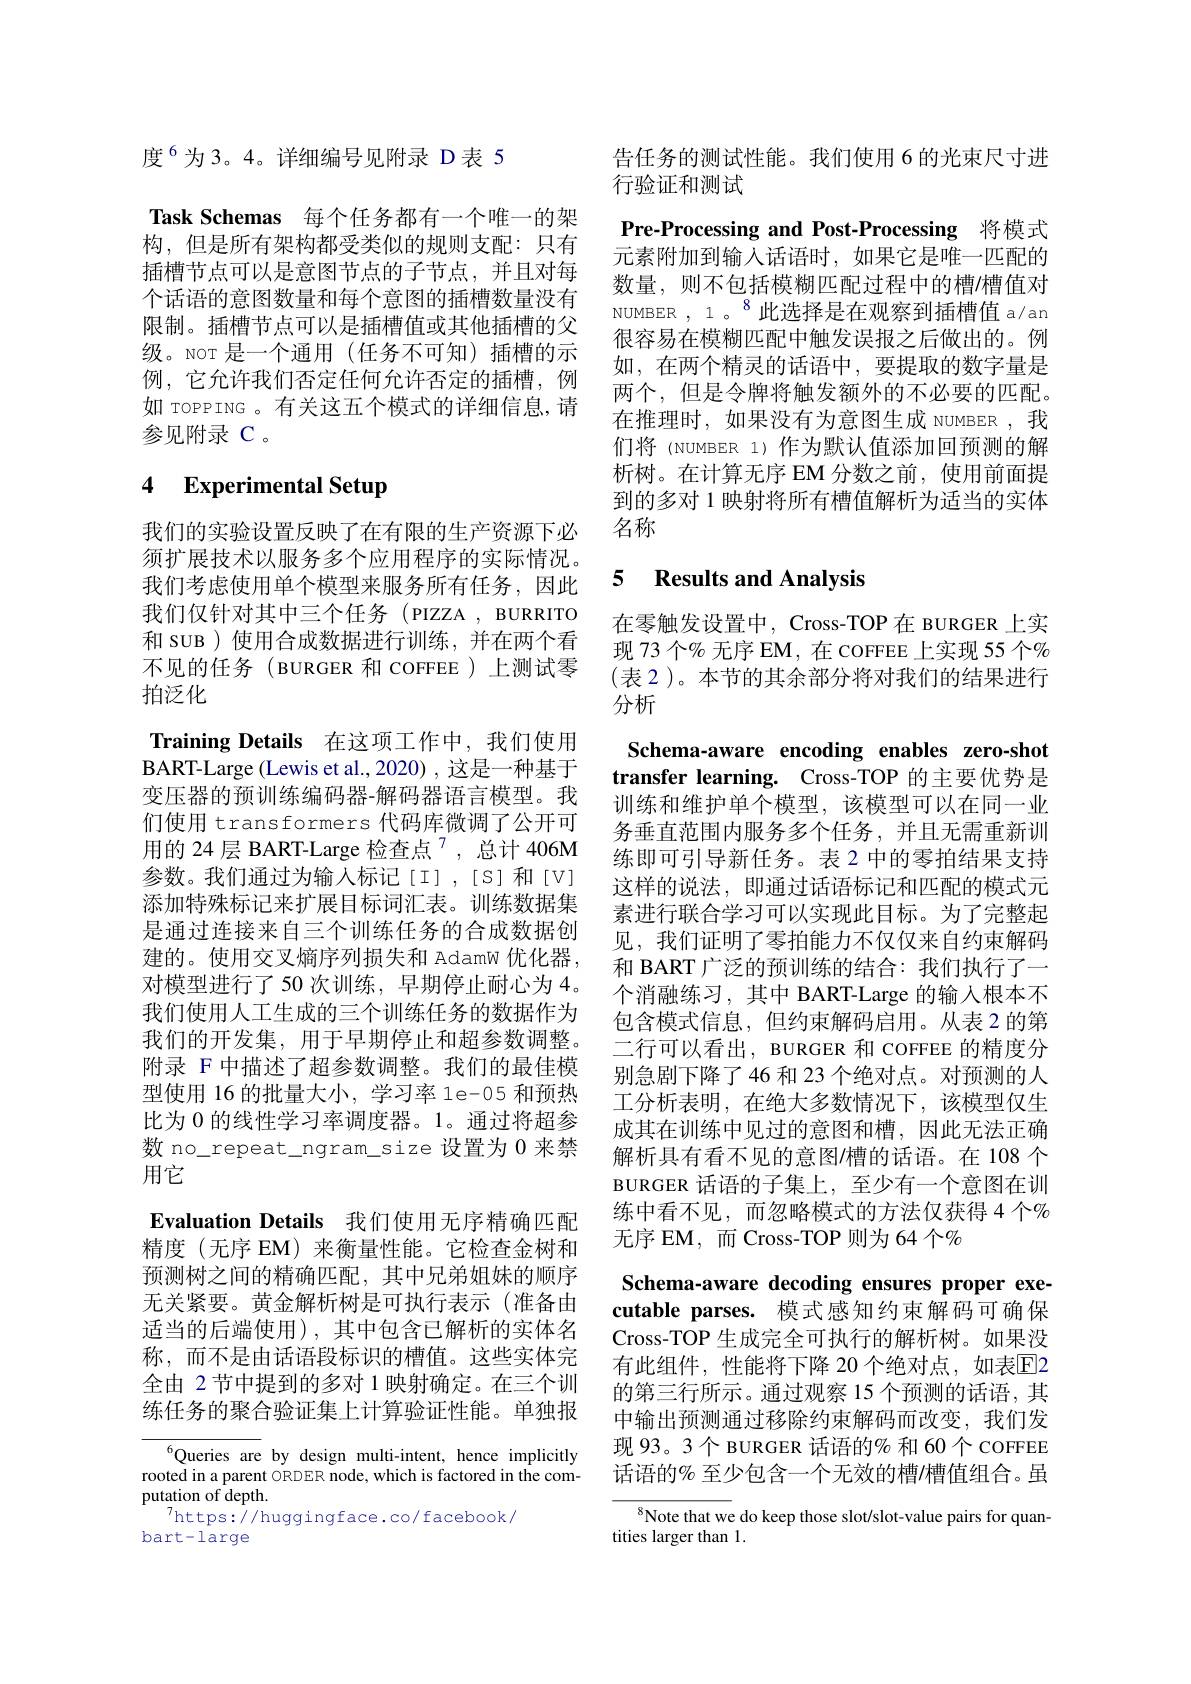
度$^{6}$为3。4。详细编号见附录 D表 5

Task Schemas 每个任务都有一个唯一的架

构，但是所有架构都受类似的规则支配：只有插槽节点可以是意图节点的子节点，并且对每个话语的意图数量和每个意图的插槽数量没有限制。插槽节点可以是插槽值或其他插槽的父级。NOT 是一个通用(任务不可知)插槽的示例，它允许我们否定任何允许否定的插槽，例如 TOPPING 。有关这五个模式的详细信息，请参见附录 C 。

## 4 Experimental Setup

我们的实验设置反映了在有限的生产资源下必须扩展技术以服务多个应用程序的实际情况。我们考虑使用单个模型来服务所有任务，因此我们仅针对其中三个任务(PIZZA,BURRITO 和 SUB ) 使用合成数据进行训练，并在两个看不见的任务( BURGER 和 COFFEE)上测试零拍泛化

Training Details 在这项工作中，我们使用BART- Large ( Lewis et al. , 2020) , 这 是 一 种 基 于 变压器的预训练编码器-解码器语言模型。我们使用 transformers 代码库微调了公开可用的 24 层 BART-Large 检查点$^{7}$,总计 406M 参数。我们通过为输入标记[I],[S]和[V] 添加特殊标记来扩展目标词汇表。训练数据集是通过连接来自三个训练任务的合成数据创建的。使用交叉熵序列损失和 AdamW 优化器， 对模型进行了50 次训练，早期停止耐心为 4。我们使用人工生成的三个训练任务的数据作为我们的开发集，用于早期停止和超参数调整。附录 F 中描述了超参数调整。我们的最佳模型使用 16 的批量大小，学习率 le-05 和预热比为 0 的线性学习率调度器。1。通过将超参数 no\_repeat\_ngram\_size 设置为 0 来禁用它
Evaluation Details 我们使用无序精确匹配精度(无序 EM)来衡量性能。它检查金树和预测树之间的精确匹配，其中兄弟姐妹的顺序无关紧要。黄金解析树是可执行表示(准备由适当的后端使用),其中包含已解析的实体名称，而不是由话语段标识的槽值。这些实体完全由 2节中提到的多对 1 映射确定。在三个训练任务的聚合验证集上计算验证性能。单独报

$^{6}$Queries are by design multi-intent, hence implicitly rooted in a parent ORDER node, which is factored in the computation of depth.
$^{7}$https://huggingface.co/facebook/
bart-large

告任务的测试性能。我们使用 6 的光束尺寸进
行验证和测试

Pre-Processing and Post-Processing 将模式

元素附加到输入话语时，如果它是唯一匹配的数量，则不包括模糊匹配过程中的槽/槽值对NUMBER ,1 。$^{8}$此选择是在观察到插槽值 a/an 很容易在模糊匹配中触发误报之后做出的。例如，在两个精灵的话语中，要提取的数字量是两个，但是令牌将触发额外的不必要的匹配。在推理时，如果没有为意图生成 NUMBER ,我们将 (NUMBER 1)作为默认值添加回预测的解析树。在计算无序 EM 分数之前，使用前面提到的多对 1 映射将所有槽值解析为适当的实体名称

### 5 $\textbf{Results and Analvsis}$

在零触发设置中，Cross-TOP 在 BURGER 上实现 73 个% 无序 EM, 在 COFFEE 上实现 55 个% (表 2)。本节的其余部分将对我们的结果进行分析

Schema-aware encoding enables zero-shot transfer learning. Cross-TOP 的主要优势是训练和维护单个模型，该模型可以在同一业务垂直范围内服务多个任务，并且无需重新训练即可引导新任务。表 2 中的零拍结果支持这样的说法，即通过话语标记和匹配的模式元素进行联合学习可以实现此目标。为了完整起见，我们证明了零拍能力不仅仅来自约束解码和 BART 广泛的预训练的结合：我们执行了一个消融练习，其中 BART-Large 的输入根本不包含模式信息，但约束解码启用。从表 2 的第二行可以看出，BURGER 和 COFFEE 的精度分别急剧下降了46 和 23 个绝对点。对预测的人工分析表明，在绝大多数情况下，该模型仅生成其在训练中见过的意图和槽，因此无法正确解析具有看不见的意图$\prime$槽的话语。在 108 个BURGER 话语的子集上，至少有一个意图在训练中看不见，而忽略模式的方法仅获得 4 个% 无序 EM,而 Cross-TOP 则为 64 个%
Schema-aware decoding ensures proper executable parses. 模式感知约束解码可确保Cross-TOP 生成完全可执行的解析树。如果没有此组件，性能将下降 20 个绝对点，如表$\overline{\mathrm{E}}$2的第三行所示。通过观察 15 个预测的话语，其中输出预测通过移除约束解码而改变，我们发现 93。3 个 BURGER 话语的% 和 60 个 COFFEE 话语的% 至少包含一个无效的槽/槽值组合。虽
Note that we do keep those slot/slot-value pairs for quan-

tities larger than 1